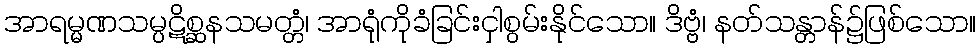
အာရမ္မဏသမ္ပဋိစ္ဆနသမတ္တံ၊ အာရုံကိုခံခြင်းငှါစွမ်းနိုင်သော။ ဒိဗ္ဗံ၊ နတ်သန္တာန်၌ဖြစ်သော။